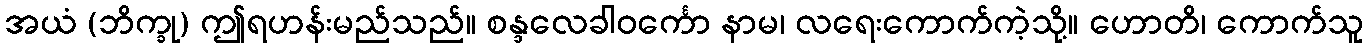
အယံ (ဘိက္ခု) ဤရဟန်းမည်သည်။ စန္ဒလေခါဝင်္ကော နာမ၊ လရေးကောက်ကဲ့သို့။ ဟောတိ၊ ကောက်သူ